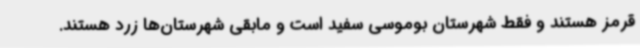
قرمز هستند و فقط شهرستان بوموسی سفید است و مابقی شهرستان‌ها زرد هستند.